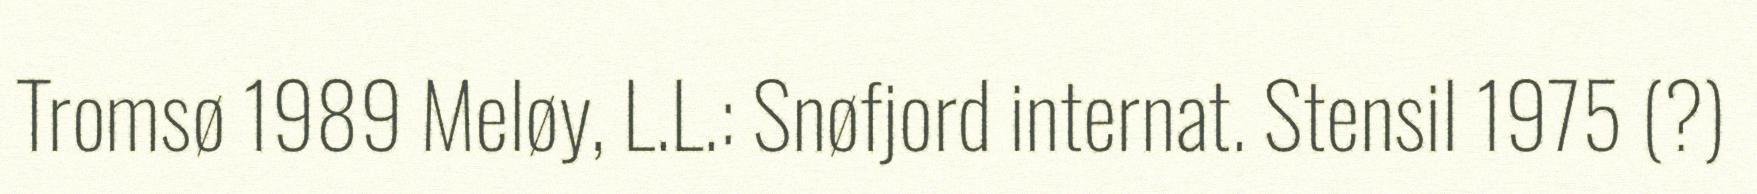
Tromsø 1989 Meløy, L.L.: Snøfjord internat. Stensil 1975 (?)